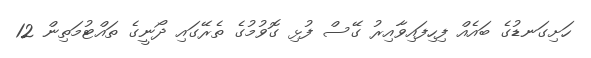
ހަށިގަނޑުގެ ބައެއް ފިހިފައިވާއިރު ގޭސް ފުޅި ގޮވުމުގެ ތެރޭގައި ދޯނީގެ ތައްޓުމަތިން 12